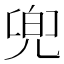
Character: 兜